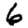
Digit: 6